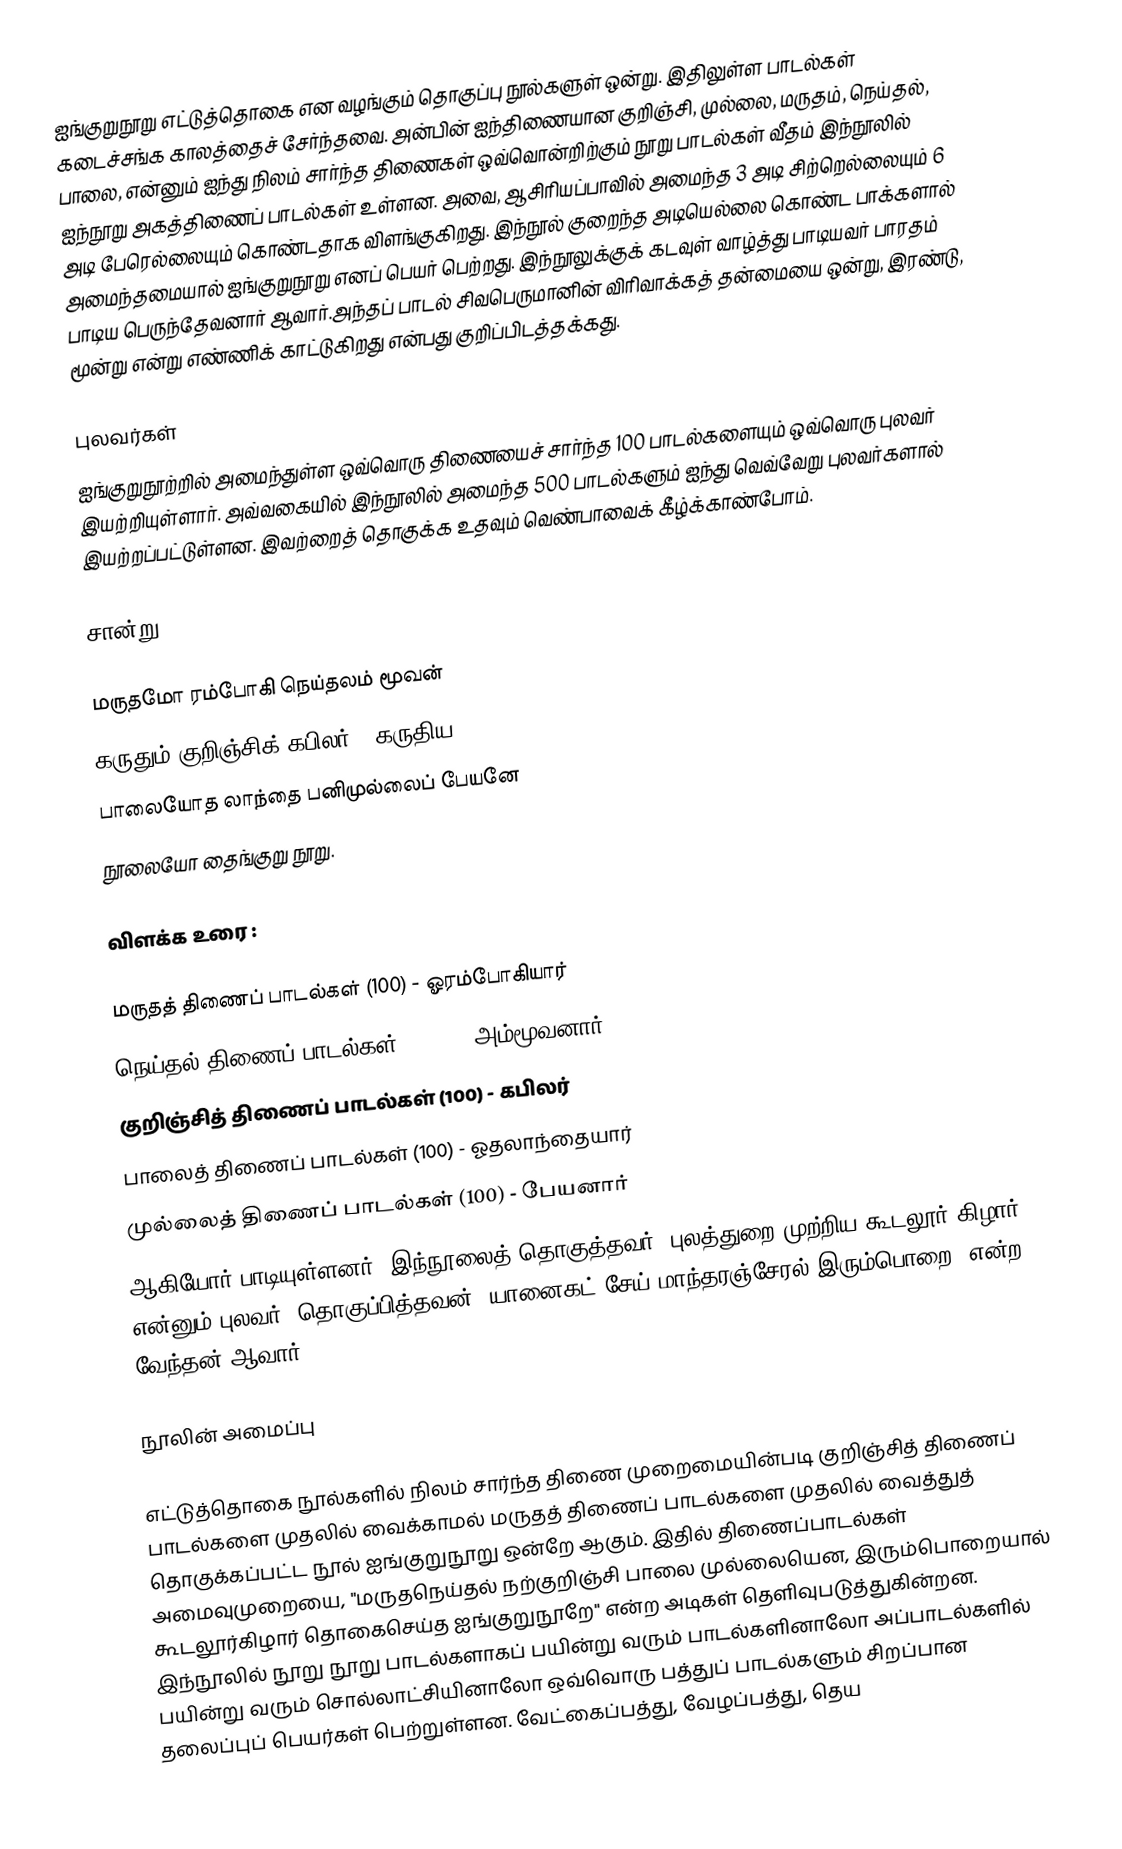
ஐங்குறுநூறு எட்டுத்தொகை என வழங்கும் தொகுப்பு நூல்களுள் ஒன்று. இதிலுள்ள பாடல்கள் கடைச்சங்க காலத்தைச் சேர்ந்தவை. அன்பின் ஐந்திணையான குறிஞ்சி, முல்லை, மருதம், நெய்தல், பாலை, என்னும் ஐந்து நிலம் சார்ந்த திணைகள் ஒவ்வொன்றிற்கும் நூறு பாடல்கள் வீதம் இந்நூலில் ஐந்நூறு அகத்திணைப் பாடல்கள் உள்ளன. அவை, ஆசிரியப்பாவில் அமைந்த 3 அடி சிற்றெல்லையும் 6 அடி பேரெல்லையும் கொண்டதாக விளங்குகிறது. இந்நூல் குறைந்த அடியெல்லை கொண்ட பாக்களால் அமைந்தமையால் ஐங்குறுநூறு எனப் பெயர் பெற்றது. இந்நூலுக்குக் கடவுள் வாழ்த்து பாடியவர் பாரதம் பாடிய பெருந்தேவனார் ஆவார்.அந்தப் பாடல் சிவபெருமானின் விரிவாக்கத் தன்மையை ஒன்று, இரண்டு, மூன்று என்று எண்ணிக் காட்டுகிறது என்பது குறிப்பிடத்தக்கது.

புலவர்கள்
ஐங்குறுநூற்றில் அமைந்துள்ள ஒவ்வொரு திணையைச் சார்ந்த 100 பாடல்களையும் ஒவ்வொரு புலவர் இயற்றியுள்ளார். அவ்வகையில் இந்நூலில் அமைந்த 500 பாடல்களும் ஐந்து வெவ்வேறு புலவர்களால் இயற்றப்பட்டுள்ளன. இவற்றைத் தொகுக்க உதவும் வெண்பாவைக் கீழ்க்காண்போம்.

சான்று :

மருதமோ ரம்போகி நெய்தலம் மூவன்
கருதும் குறிஞ்சிக் கபிலர் - கருதிய
பாலையோத லாந்தை பனிமுல்லைப் பேயனே
நூலையோ தைங்குறு நூறு.

விளக்க உரை :

மருதத் திணைப் பாடல்கள் (100) - ஓரம்போகியார்
நெய்தல் திணைப் பாடல்கள் (100) - அம்மூவனார்
குறிஞ்சித் திணைப் பாடல்கள் (100) - கபிலர்
பாலைத் திணைப் பாடல்கள் (100) - ஓதலாந்தையார்
முல்லைத் திணைப் பாடல்கள் (100) - பேயனார்
ஆகியோர் பாடியுள்ளனர். இந்நூலைத் தொகுத்தவர் "புலத்துறை முற்றிய கூடலூர் கிழார்" என்னும் புலவர். தொகுப்பித்தவன் "யானைகட் சேய் மாந்தரஞ்சேரல் இரும்பொறை" என்ற வேந்தன் ஆவார்.

நூலின் அமைப்பு

எட்டுத்தொகை நூல்களில் நிலம் சார்ந்த திணை முறைமையின்படி குறிஞ்சித் திணைப் பாடல்களை முதலில் வைக்காமல் மருதத் திணைப் பாடல்களை முதலில் வைத்துத் தொகுக்கப்பட்ட நூல் ஐங்குறுநூறு ஒன்றே ஆகும். இதில் திணைப்பாடல்கள் அமைவுமுறையை, "மருதநெய்தல் நற்குறிஞ்சி பாலை முல்லையென, இரும்பொறையால் கூடலூர்கிழார் தொகைசெய்த ஐங்குறுநூறே" என்ற அடிகள் தெளிவுபடுத்துகின்றன. இந்நூலில் நூறு நூறு பாடல்களாகப் பயின்று வரும் பாடல்களினாலோ  அப்பாடல்களில் பயின்று வரும் சொல்லாட்சியினாலோ ஒவ்வொரு பத்துப் பாடல்களும் சிறப்பான தலைப்புப் பெயர்கள் பெற்றுள்ளன. வேட்கைப்பத்து, வேழப்பத்து, தெய